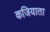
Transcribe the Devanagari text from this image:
कजियाता